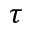
\tau